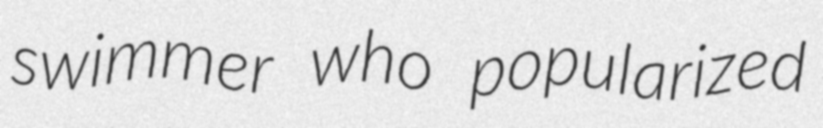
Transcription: swimmer who popularized